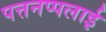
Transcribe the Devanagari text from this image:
पत्तनप्पलाई